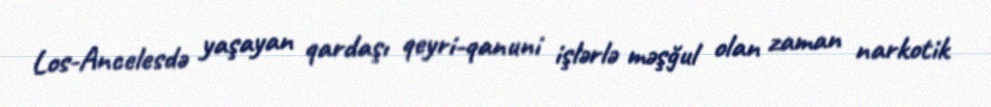
Los-Ancelesdə yaşayan qardaşı qeyri-qanuni işlərlə məşğul olan zaman narkotik